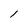
Character: l